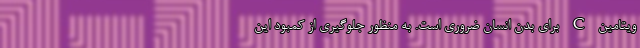
ویتامین C برای بدن انسان ضروری است. به منظور جلوگیری از کمبود این